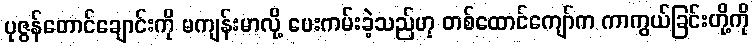
ပုဇွန်တောင်ချောင်းကို မကျန်းမာလို့ ပေးကမ်းခဲ့သည်ဟု တစ်ထောင်ကျော်က ကာကွယ်ခြင်းတို့ကို